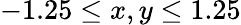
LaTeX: -1.25\leq x,y\leq 1.25